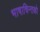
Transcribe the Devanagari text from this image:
भाषाचिन्तको